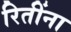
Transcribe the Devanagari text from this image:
रितींना